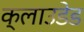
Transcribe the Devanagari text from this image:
क्लाउडेड